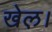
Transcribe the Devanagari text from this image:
खेल़।